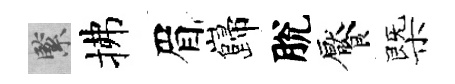
緊拂眉巋脫饜㮣